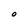
Character: O